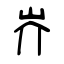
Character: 岕